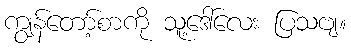
ကျွန်တော့်စာကို သူ့ဒေါ်လေး ပြသဗျ။